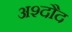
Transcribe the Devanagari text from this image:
अश्दौद